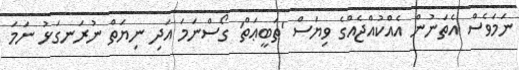
ނަމަވެސް އެތަނުން އެއްކުއްޖެއްގެ ވިޔަސް 'ޠަބީޢަތް' ގޯސްނަމަ އަދި ނިޔަތް ނުރަނގަޅު ނަމަ